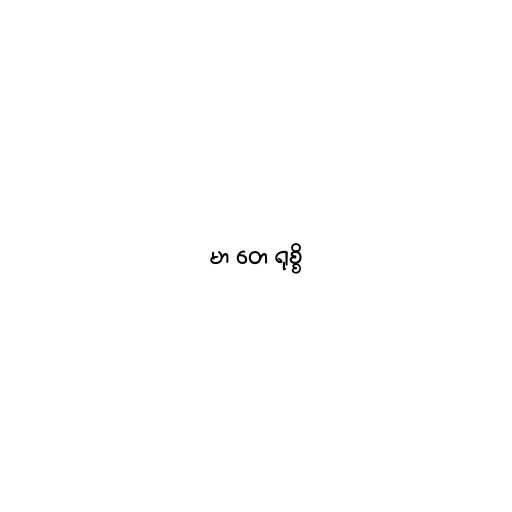
မာ တေ ရုစ္စိ